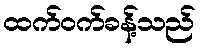
ထက်ဝက်ခန့်သည်